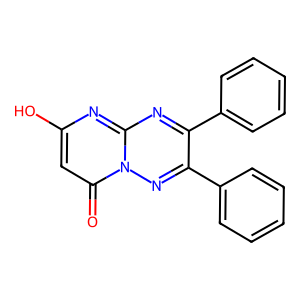
SMILES: O=c1cc(O)nc2nc(-c3ccccc3)c(-c3ccccc3)nn12
Inhibits HIV replication: No